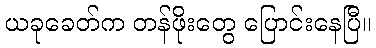
ယခုခေတ်က တန်ဖိုးတွေ ပြောင်းနေပြီ။